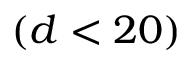
( d < 2 0 )